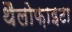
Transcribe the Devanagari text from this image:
थैलोफ़ाइटा